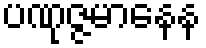
ပဏုဇ္ဇမာနေန